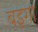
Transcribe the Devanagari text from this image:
बइगा